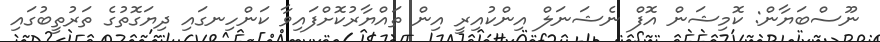
ނޫސްބަޔާން: ކޮމިޝަން އޮފް ނެޝަނަލް އިންކުއިރީ އިން ތައްޔާރުކޮށްފައިވާ ކަންހިނގައި ދިޔަގޮތުގެ ތަރުތީބުގައި